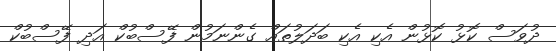
ދުވަސް ކޮޅު ކޮޅުން އެކި އެކި ބަދަލުތައް ގެންނަމުން ފޭސްބުކް އަދި ފޭސްބުކް